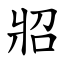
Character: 㸛